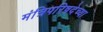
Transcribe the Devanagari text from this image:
मंत्रिपरिषदेच्या